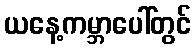
ယနေ့ကမ္ဘာပေါ်တွင်